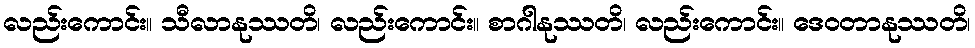
လည်းကောင်း။ သီလာနုဿတိ၊ လည်းကောင်း။ စာဂါနုဿတိ၊ လည်းကောင်း။ ဒေဝတာနုဿတိ၊